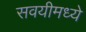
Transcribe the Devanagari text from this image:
सवयीमध्ये